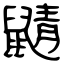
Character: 鼱